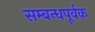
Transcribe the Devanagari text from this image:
सम्बन्धपूर्वक